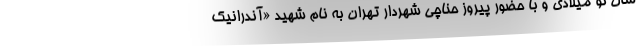
سال نو میلادی و با حضور پیروز حناچی شهردار تهران به نام شهید «آندرانیک